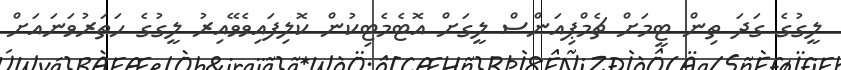
ލީގުގެ ގަދަ ތިން ޓީމަށް ޗެމްޕިއަންސް ލީގަށް އޮޓެމެޓިކުން ކޮލިފައިވެވޭއިރު ލީގުގެ ހަތަރުވަނައަށް